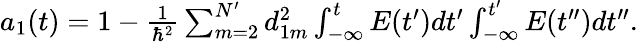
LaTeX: \begin{array}{r}{a_{1}(t)=1-\frac{1}{\hbar^{2}}\sum_{m=2}^{N^{\prime}}d_{1m}^{2}\int_{-\infty}^{t}E(t^{\prime})dt^{\prime}\int_{-\infty}^{t^{\prime}}E(t^{\prime\prime})dt^{\prime\prime}.}\end{array}